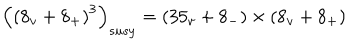
LaTeX: \left( \left( 8 _ { v } + 8 _ { + } \right) ^ { 3 } \right) _ { s u s y } = \left( 3 5 _ { v } + 8 _ { - } \right) \times \left( 8 _ { v } + 8 _ { + } \right)